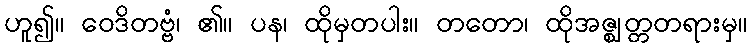
ဟူ၍။ ဝေဒိတဗ္ဗံ၊ ၏။ ပန၊ ထိုမှတပါး။ တတော၊ ထိုအဇ္ဈတ္တတရားမှ။